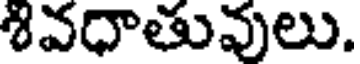
శివధాతువులు.